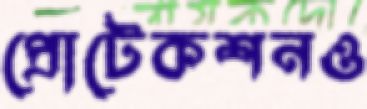
প্রোটেকশনও